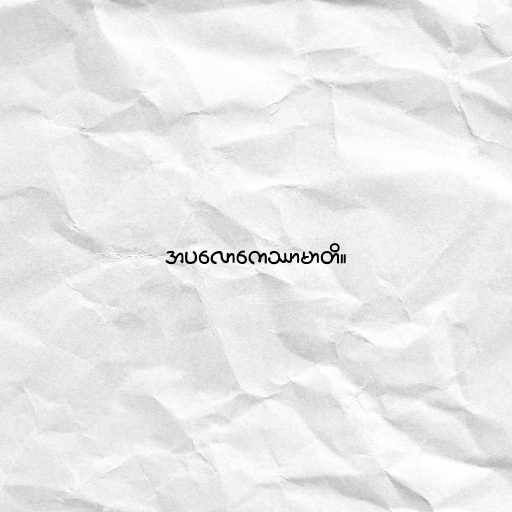
အပလောကေဿာမာတိ။